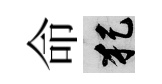
命犯